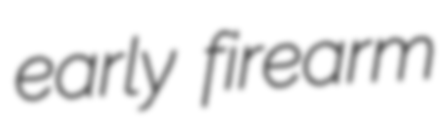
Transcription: early firearm